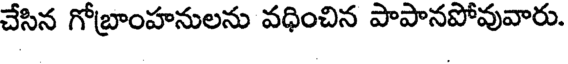
చేసిన గోబ్రాంహనులను వధించిన పాపానపోవువారు.